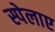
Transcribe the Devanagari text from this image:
स्पेलाए